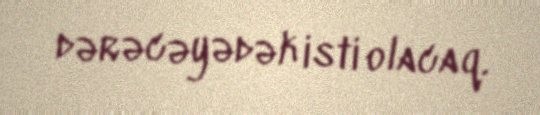
dərəcəyədək isti olacaq.